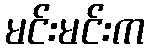
မင်းမင်းက